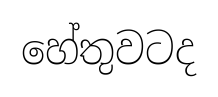
හේතුවටද